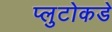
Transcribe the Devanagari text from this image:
प्लुटोकडे